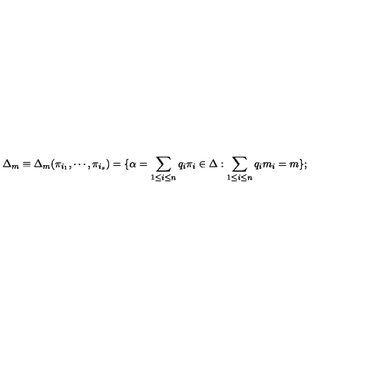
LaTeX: \Delta _ { m } \equiv \Delta _ { m } ( \pi _ { i _ { 1 } } , \cdots , \pi _ { i _ { s } } ) = \{ \alpha = \sum _ { 1 \leq i \leq n } q _ { i } \pi _ { i } \in \Delta : \sum _ { 1 \leq i \leq n } q _ { i } m _ { i } = m \} ;